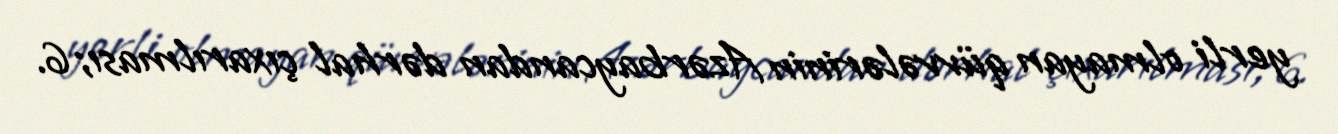
yerli olmayan qüvvələrinin Azərbaycandan dərhal çıxarılması;6.